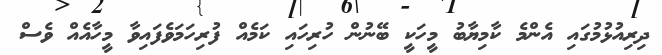
ދިރިއުޅުމުގައި އެންމެ ކާމިޔާބު މީހަކީ ބޭނުން ހުރިހައި ކަމެއް ފުރިހަމަވެފައިވާ މީހާއެއް ވެސް